Report on sanitation, dispensaries, and jails in Rajputana for 1920, and on vaccination for the year 1920-1921 - 1920-1921
Year: 1920
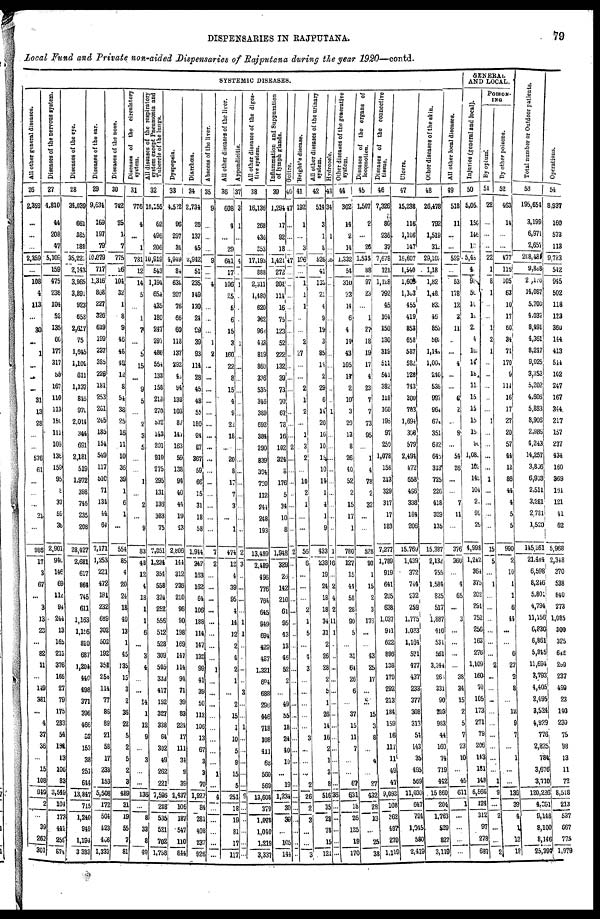
DISPENSARIES IN RAJPUTANA.
79
Local Fund and Private non-aided Dispensaries of Rajputana during the year 1920—contd.
SYSTEMIC DISEASES.
All other general diseases.
26
2,359
...
...
...
2,359
...
108
4
113
...
30
...
1
...
...
...
31
13
28
...
...
576
61
...
...
...
21
...
986
17
3
67
...
3
13
23
...
82
11
...
149
381
...
4
37
36
...
15
108
949
2
...
39
262
301
Diseases of the nervous system.
27
4,810
44
208
47
5,109
159
475
236
104
52
135
66
177
317
55
167
110
113
150
111
109
136
159
95
8
37
59
36
2,901
940
146
69
112
94
244
13
165
213
376
166
27
79
175
283
54
194
13
106
83
3,549
104
173
442
259
874
Diseases of the eye.
28
34,039
661
385
188
35,223
2,143
3,965
3,891
923
658
2,617
75
1,645
1,104
611
1,137
846
970
2,014
344
691
2,181
519
1,972
398
746
235
208
28,427
2,681
617
864
745
611
1,163
1,156
810
687
1,204
440
498
371
396
466
52
153
38
251
644
13,847
715
1,240
949
1,194
3,383
Diseases of the ear.
29
9,634
169
197
79
10,079
717
1,316
868
227
326
619
199
237
385
226
181
253
261
245
185
154
549
117
510
71
134
44
64
7,171
1,253
221
472
181
232
689
302
502
192
358
258
114
77
86
89
21
58
17
233
153
5,508
172
504
423
466
1,333
Diseases of the nose.
30
742
25
1
7
775
26
104
32
1
8
9
46
48
49
12
8
54
38
25
16
11
10
36
39
1
6
1
...
554
85
4
20
24
18
49
13
1
45
135
15
3
2
36
22
5
2
5
2
3
489
31
19
55
7
81
Diseases of the circulatory
system.
31
776
4
...
1
781
12
14
5
...
1
7
...
5
15
...
9
5
...
2
3
5
...
...
1
...
2
...
9
83
48
12
4
18
1
1
6
...
3
4
...
...
14
1
12
9
...
3
...
...
136
...
8
33
8
49
All diseases of the respiratory
system except Pneumonia and
Tubercle of the lungs.
32
10,155
62
496
206
10,919
543
1,194
654
435
180
247
297
480
554
133
158
218
270
532
143
201
910
275
295
131
136
383
75
7,851
1,234
354
558
324
252
556
512
528
309
505
332
417
152
327
338
64
302
49
262
221
7,596
248
535
521
702
1,758
Dyspepsia.
33
4,522
96
297
34
4,949
84
638
207
76
66
60
118
137
292
40
94
138
103
87
147
163
59
138
94
40
44
19
43
2,806
144
312
236
210
96
90
198
169
147
114
94
71
39
83
224
17
111
34
9
39
2,437
106
187
547
110
844
Diarrhœa.
34
2,734
26
137
45
2,942
51
235
149
130
24
99
39
93
114
28
45
48
55
180
24
67
367
59
66
15
31
18
58
1,944
242
163
162
64
106
188
114
147
138
99
41
39
50
112
106
13
67
3
3
70
1,927
84
281
408
237
926
Abscess of the liver.
35
9
...
...
...
9
...
4
...
...
...
...
1
2
...
...
...
...
...
...
...
...
...
...
...
...
...
...
...
7
2
...
...
...
...
...
...
...
...
1
...
...
...
...
...
...
...
...
1
...
4
...
...
...
...
...
All other diseases of the liver.
36
608
4
...
29
641
17
106
25
5
6
15
3
160
22
8
15
4
9
22
18
...
20
8
17
7
3
...
1
474
12
4
39
95
4
14
12
2
4
2
1
...
2
15
1
10
5
9
15
5
251
18
19
81
17
117
Appendicitis.
37
3
1
...
...
4
...
1
...
...
...
...
1
...
...
...
...
...
...
...
...
...
...
...
...
...
...
...
...
2
3
...
...
...
...
1
1
..
.
...
...
3
...
...
1
...
...
...
...
...
9
...
...
...
...
...
All other diseases of the diges-
tive system.
38
16,136
268
436
353
17,193
888
2,311
1,480
620
382
962
423
819
860
336
535
346
389
692
384
290
839
394
720
112
244
248
193
13,489
2,489
496
776
764
645
949
694
429
487
1,321
694
688
296
446
718
108
411
68
560
569
13,608
379
1,078
1,040
1,219
3,337
Inflammation and Suppuration
of lymph glands.
39
1,294
17
92
18
1,421
272
204
114
16
75
123
52
222
132
39
73
70
67
78
16
102
324
8
176
5
34
10
8
1,948
329
26
142
210
61
95
43
13
46
52
2
...
49
55
18
24
40
10
...
19
1,234
30
39
...
105
144
Goitre.
40
47
...
...
...
47
...
...
...
...
...
...
...
...
...
...
...
...
..
...
...
2
...
...
...
...
...
...
...
2
...
.
...
...
...
...
..
...
...
...
...
...
...
...
...
...
...
...
...
...
...
...
...
...
...
...
Bright's disease.
41
192
1
...
3
196
...
1
1
1
...
...
2
27
...
...
2
1
2
...
1
3
2
...
10
2
1
...
...
56
6
...
...
...
2
1
5
...
4
3
...
...
...
...
...
3
...
...
...
2
26
2
3
...
...
3
All other diseases of the urinary
system.
42
514
3
1
8
526
41
138
21
4
9
19
3
85
14
2
29
6
14
20
10
10
15
10
14
1
4
1
9
433
233
19
24
18
18
34
31
2
26
28
2
5
1
26
14
16
2
1
3
8
516
35
28
78
15
121
Hydrocele.
43
34
...
1
...
35
...
...
...
...
...
...
...
...
...
...
...
1
...
...
...
...
...
...
...
...
...
1
16
...
2
4
2
11
1
.
..
...
...
...
...
...
...
...
...
...
...
...
36
...
...
...
...
...
Other diseases of the ganerative
system.
44
302
14
2
14
1,332
54
310
23
14
6
4
14
43
105
14
2
10
3
20
13
8
26
40
52
2
15
17
1
780
127
15
44
58
28
90
5
...
31
64
26
6
...
37
15
11
7
...
...
67
631
18
26
125
19
170
Diseases of the organs of
locomotion.
45
1,507
2
...
26
1,535
88
97
23
...
1
27
18
19
17
4
23
7
7
73
95
...
1
4
78
2
32
...
...
528
93
1
15
2
3
176
...
...
43
25
17
...
...
15
3
8
...
4
...
27
432
28
13
...
25
38
Diseases of the connective
tissue.
46
7,326
80
235
37
7,678
121
1,128
792
45
164
150
130
319
511
541
382
118
160
195
97
259
1,078
158
213
329
317
17
183
7,277
1,789
919
641
205
638
1,037
941
622
896
138
179
292
213
184
159
16
117
11
49
47
9,093
108
362
487
270
1,119
Ulcers.
47
15,238
116
1,106
147
16,607
1,540
1,600
l,303
455
419
853
658
587
582
128
743
300
703
1,694
396
579
2,494
472
658
496
338
184
206
15,769
1,439
372
744
232
259
1,775
1,033
1,164
571
477
437
233
377
308
313
54
143
35
495
569
11,030
647
794
1,045
580
2,419
Other diseases of the skin.
48
26,478
792
1,519
310
29,102
1,18
1,82
1,48
833
46
853
582
1,141
l,001
240
536
997
964
674
351
612
645
313
725
226
418
329
135
15,387
2,132
755
1,584
825
517
1,887
410
531
561
3,344
261
331
90
203
983
44
160
74
719
442
15,860
204
1,763
529
827
3,119
All other local diseases.
49
518
11
...
...
529
...
53
178
12
3
11
...
...
4
...
...
6
2
...
9
...
54
26
...
...
7
11
...
376
360
...
4
65
...
3
...
...
...
...
38
34
15
2
5
7
23
10
...
45
611
1
...
...
...
...
GENERAL
AND LOCAL.
Injuries (general and local).
50
5,05
150
146
13
5,48
4
90
50
10
10
2
4
10
14
18
11
15
15
15
15
90
1,080
102
149
104
2
99
29
4,998
1,242
364
375
202
291
752
256
163
276
1,109
160
70
105
173
271
79
206
143
181
148
6,566
124
312
97
278
687
POISON-
ING
By opium.
51
22
...
...
...
22
1
8
1
...
...
1
2
1
...
...
...
...
...
1
...
...
...
...
1
...
...
...
...
15
5
...
1
...
...
...
...
...
...
2
...
...
...
...
...
...
...
...
...
1
9
...
2
...
...
2
By other poisons.
52
463
14
...
...
477
116
105
63
10
17
60
34
71
170
9
114
16
17
27
20
57
44
12
86
44
4
5
5
990
2
10
1
1
6
44
...
...
6
27
2
8
...
12
9
7
...
1
...
...
136
39
4
1
13
18
Total number or Outdoor patients.
53
195,654
3,199
6,971
2,657
208,481
9,808
2 ,178
14,087
5,700
4,037
8,491
4,361
8,247
9,025
3,352
5,202
4,606
5,883
8,906
2,986
4,243
14,257
3,806
6,993
2,511
3,281
2,781
1,520
145,361
21,484
6,598
8,246
5,801
4,794
11,156
6,830
6,861
5,345
11,694
3,793
4,405
2,495
3,524
4,929
776
2,825
784
3,676
3,710
120,236
4,391
9,148
8,100
8,146
25,394
Operations.
54
8,937
160
573
113
9,783
542
945
502
118
123
360
144
413
544
102
247
167
344
217
157
237
434
160
369
161
121
41
62
5,968
2,348
370
538
840
273
1,085
300
325
642
299
237
499
23
140
230
75
98
13
11
72
8,518
213
537
667
775
1,979